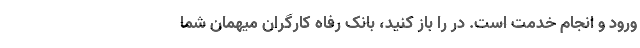
ورود و انجام خدمت است. در را باز کنید، بانک رفاه کارگران میهمان شما